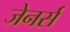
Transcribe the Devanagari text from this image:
जेनर्स